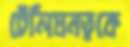
টেলিঘনত্বকে